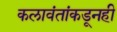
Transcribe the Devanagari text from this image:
कलावंतांकडूनही